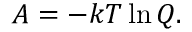
A = - k T \ln Q .